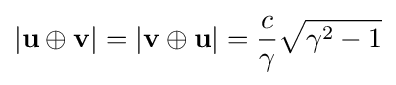
|\mathbf {u} \oplus \mathbf {v} |=|\mathbf {v} \oplus \mathbf {u} |={\frac {c}{\gamma }}{\sqrt {\gamma ^{2}-1}}